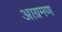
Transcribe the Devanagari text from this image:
आग्रमण